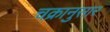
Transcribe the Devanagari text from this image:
चक्रानुसार